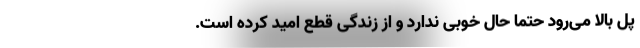
پل بالا می‌رود حتماً حال خوبی ندارد و از زندگی قطع امید کرده است.